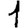
Digit: 1